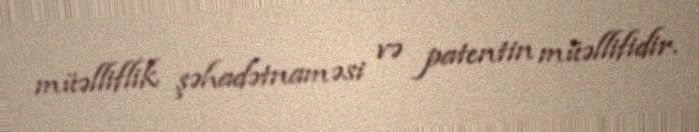
müəlliflik şəhadətnaməsi və patentin müəllifidir.